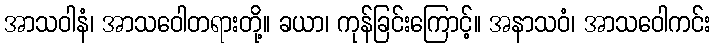
အာသဝါနံ၊ အာသဝေါတရားတို့။ ခယာ၊ ကုန်ခြင်းကြောင့်။ အနာသဝံ၊ အာသဝေါကင်း